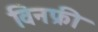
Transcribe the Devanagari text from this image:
विनफ्री